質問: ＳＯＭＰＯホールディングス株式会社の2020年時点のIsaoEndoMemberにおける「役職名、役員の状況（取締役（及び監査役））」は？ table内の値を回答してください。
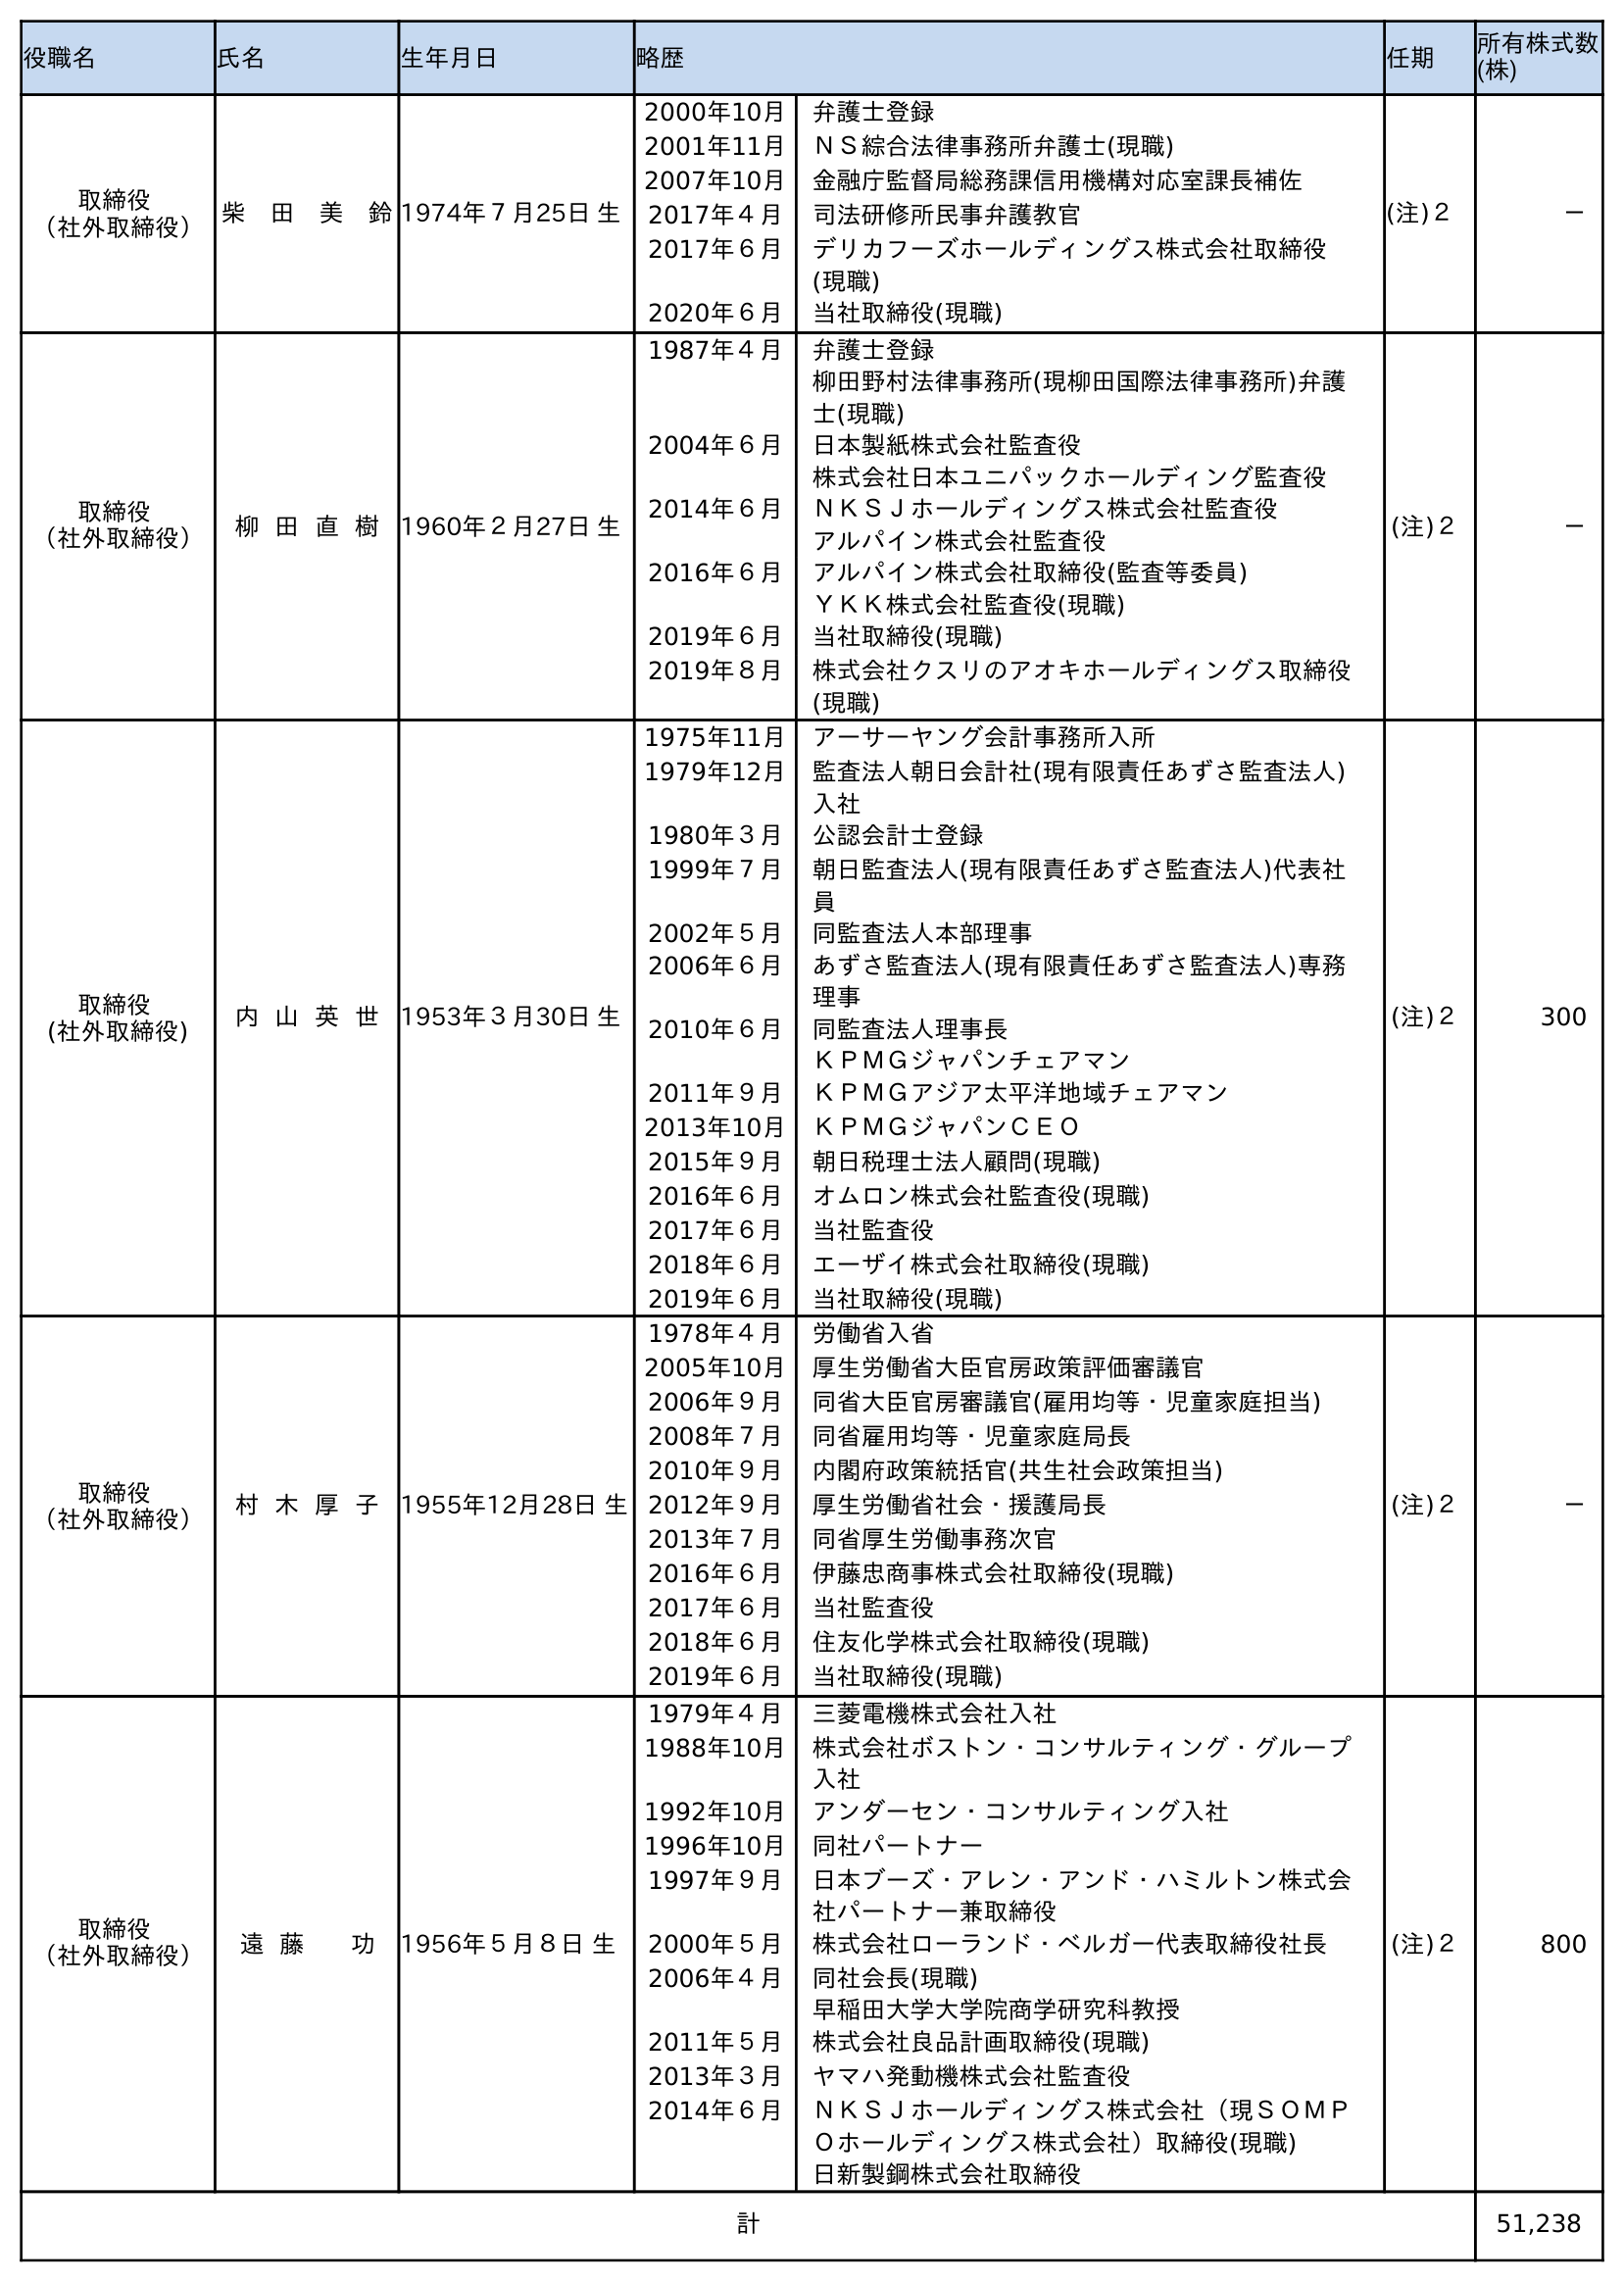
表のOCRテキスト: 役職名 氏名 生年月日 略歴 任期 所有株式数 (株) 取締役 （社外取締役）柴 田 美 鈴1974年７月25日 生 2000年10月 弁護士登録 2001年11月 ＮＳ綜合法律事務所弁護士(現職) 2007年10月 金融庁監督局総務課信用機構対応室課長補佐 2017年４月 司法研修所民事弁護教官 2017年６月 デリカフーズホールディングス株式会社取締役 (現職) 2020年６月 当社取締役(現職) (注)２ － 取締役 （社外取締役） 柳 田 直 樹 1960年２月27日 生 1987年４月 弁護士登録 柳田野村法律事務所(現柳田国際法律事務所)弁護 士(現職) 2004年６月 日本製紙株式会社監査役 株式会社日本ユニパックホールディング監査役 2014年６月 ＮＫＳＪホールディングス株式会社監査役 アルパイン株式会社監査役 2016年６月 アルパイン株式会社取締役(監査等委員) ＹＫＫ株式会社監査役(現職) 2019年６月 当社取締役(現職) 2019年８月 株式会社クスリのアオキホールディングス取締役 (現職) (注)２ － 取締役 (社外取締役) 内 山 英 世 1953年３月30日 生 1975年11月 アーサーヤング会計事務所入所 1979年12月 監査法人朝日会計社(現有限責任あずさ監査法人) 入社 1980年３月 公認会計士登録 1999年７月 朝日監査法人(現有限責任あずさ監査法人)代表社 員 2002年５月 同監査法人本部理事 2006年６月 あずさ監査法人(現有限責任あずさ監査法人)専務 理事 2010年６月 同監査法人理事長 ＫＰＭＧジャパンチェアマン 2011年９月 ＫＰＭＧアジア太平洋地域チェアマン 2013年10月 ＫＰＭＧジャパンＣＥＯ 2015年９月 朝日税理士法人顧問(現職) 2016年６月 オムロン株式会社監査役(現職) 2017年６月 当社監査役 2018年６月 エーザイ株式会社取締役(現職) 2019年６月 当社取締役(現職) (注)２ 300 取締役 （社外取締役） 村 木 厚 子 1955年12月28日 生 1978年４月 労働省入省 2005年10月 厚生労働省大臣官房政策評価審議官 2006年９月 同省大臣官房審議官(雇用均等・児童家庭担当) 2008年７月 同省雇用均等・児童家庭局長 2010年９月 内閣府政策統括官(共生社会政策担当) 2012年９月 厚生労働省社会・援護局長 2013年７月 同省厚生労働事務次官 2016年６月 伊藤忠商事株式会社取締役(現職) 2017年６月 当社監査役 2018年６月 住友化学株式会社取締役(現職) 2019年６月 当社取締役(現職) (注)２ － 取締役 （社外取締役） 遠 藤 功 1956年５月８日 生 1979年４月 三菱電機株式会社入社 1988年10月 株式会社ボストン・コンサルティング・グループ 入社 1992年10月 アンダーセン・コンサルティング入社 1996年10月 同社パートナー 1997年９月 日本ブーズ・アレン・アンド・ハミルトン株式会 社パートナー兼取締役 2000年５月 株式会社ローランド・ベルガー代表取締役社長 2006年４月 同社会長(現職) 早稲田大学大学院商学研究科教授 2011年５月 株式会社良品計画取締役(現職) 2013年３月 ヤマハ発動機株式会社監査役 2014年６月 ＮＫＳＪホールディングス株式会社（現ＳＯＭＰ Ｏホールディングス株式会社）取締役(現職) 日新製鋼株式会社取締役 (注)２ 800 計 51,238
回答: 取締役（社外取締役）